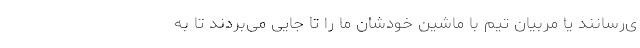
ی‌رسانند یا مربیان تیم با ماشین خودشان ما را تا جایی می‌بردند تا به